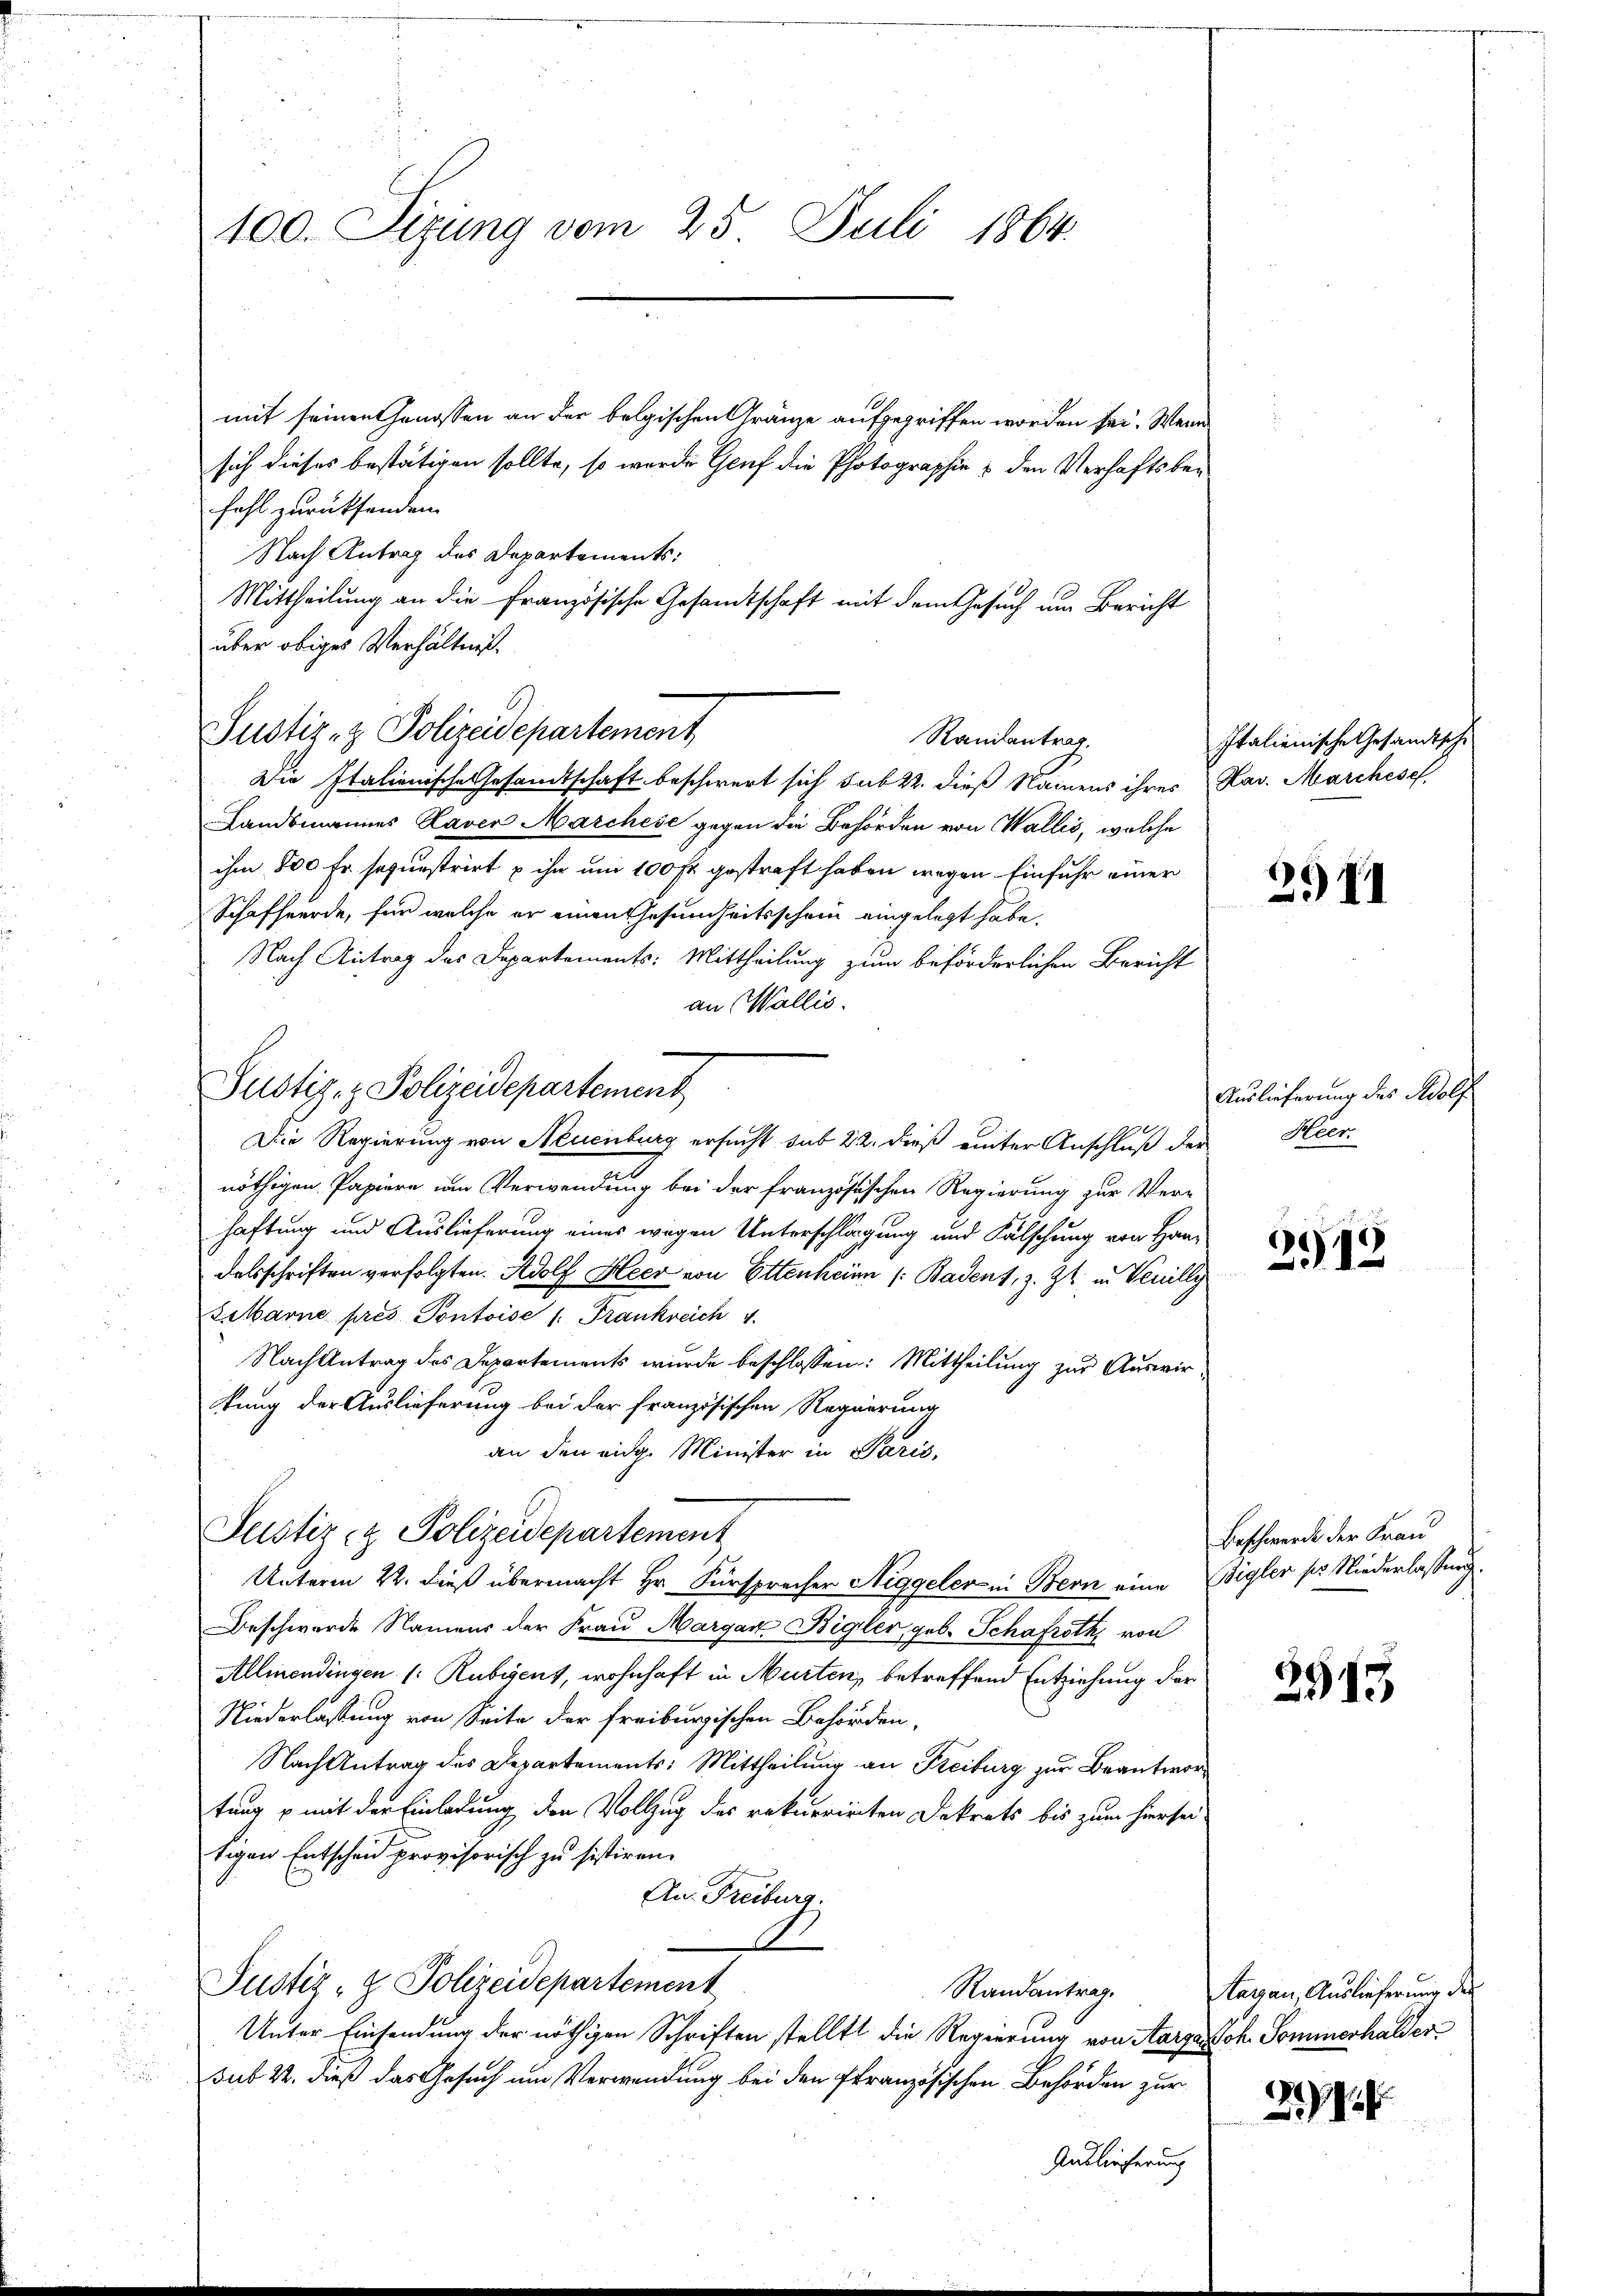
100. Sizung vom 25. Juli 1864.

mit seinen Genossen an der belgischen Gränze aufgegriffen worden sei. Wenn
sich dieses bestätigen sollte, so wurde Genf die Photographie & den Verhaftsbefahl zurücksenden.
Nach Antrag des Departements:
Mittheilung an die Französische Gesamtschaft mit dem Gesuch um Bericht
über obiges Verhältnis.
Justiz- & Polizeidepartement
Die Italienische Gesamtschaft beschwert sich sub 22. dieß Namens ihres Kav. Marchese
Landsmannes Laver Marchese gegen die Behörden von Wallis, welche
ihm 800 Fr. sequestrirt u ihn um 100 fr. gestraft haben wegen Einfuhr einer
Schaffeerde, für welche er einen Gesundheitsschein eingelegt habe.
Nach Antrag des Departements: Mittheilung zum beförderlichen Bericht
an Wallis.
0
Die Regierung von Neuenburg ersucht sub 22. dieß einter Anschluß der
nöthigen Papiere um Verwendung bei der französischen Regierung zur Verhaftung und Auslieferung eines wegen Unterschlagung und Fälschung von Handalsschriften verfolgten. Adolf Heer von Ettenheim ( Badent, z. Zt. in Venilly
Ziharne pres Pontoise 1. Frankreich 4
Nach Antrag des Departements wurde beschlossen: Mittheilung zur Auswir-
kung der Auslieferung bei der französischen Regierung
an den eidg. Minister in Paris,
Justiz- & Polizeidepartement
Unterm 22. dieß übermacht Hr. Fürsprecher Niggeler in Bern eine Bigler ses Niederlassung.
Beschwerde Namens der Frau Margart Bigler, geb. Schafroth, von
Allmendingen (: Rubigent, wohnhaft in Murten, betreffend Entziehung der
Niederlassung von Seite der Freiburgischen Behörden,
Nach Antrag des Departements: Mittheilung an Freiburg zur Beantwortung u mit der Einladung der Vollzug des rekurrirten Dekrets bis zum hiersei
tigen Entschen provisorisch zu sistiren.
Au. Freiburg.
Justiz- & Polizeidepartement
Randantrag.
Unter Einsendung der nöthigen Schriften stellt die Regierung von Aarga Joh. Sommerhalder
sub 22. dieß das Gesuch um Verwendung bei den französischen Behörden zur
Auslieferung

Justiz- & Polizeidepartement

Raulantrag,

Italienische Gesandtsche

2911

Auslieferung des Adolf
Heer

2913

Beschwerde der Frau

3915.

Aarau, Auslieferung der

21